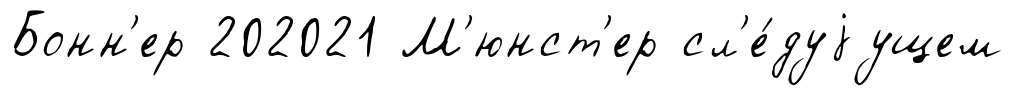
Бонн'ер 202021 М'юнст'ер сл'е́дуjущем